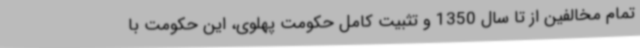
تمام مخالفین از تا سال 1350 و تثبیت کامل حکومت پهلوی، این حکومت با